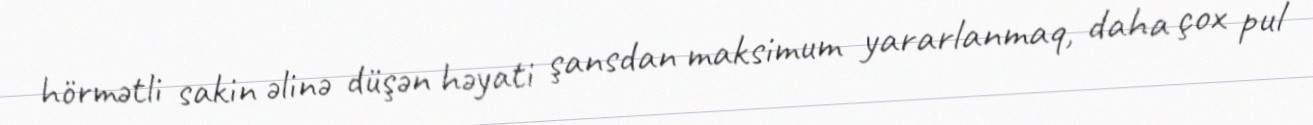
hörmətli sakin əlinə düşən həyati şansdan maksimum yararlanmaq, daha çox pul